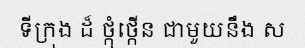
ទីក្រុង ដ៏ ថ្កុំថ្កើន ជាមួយនឹង ស